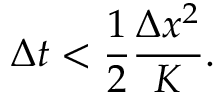
\Delta t < \frac { 1 } { 2 } \frac { \Delta x ^ { 2 } } { K } .